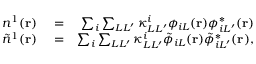
\begin{array} { r l r } { n ^ { 1 } ( { \bf r } ) } & { { } = } & { \sum _ { i } \sum _ { L L ^ { \prime } } \kappa _ { L L ^ { \prime } } ^ { i } \phi _ { i L } ( { \bf r } ) \phi _ { i L ^ { \prime } } ^ { * } ( { \bf r } ) } \\ { \tilde { n } ^ { 1 } ( { \bf r } ) } & { { } = } & { \sum _ { i } \sum _ { L L ^ { \prime } } \kappa _ { L L ^ { \prime } } ^ { i } \tilde { \phi } _ { i L } ( { \bf r } ) \tilde { \phi } _ { i L ^ { \prime } } ^ { * } ( { \bf r } ) , } \end{array}